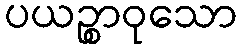
ပယဉ္စာဝုသော